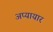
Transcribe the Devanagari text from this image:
अप्यायार